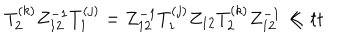
T _ { 2 } ^ { ( k ) } Z _ { 1 2 } ^ { - 1 } T _ { 1 } ^ { ( j ) } = Z _ { 1 2 } ^ { - 1 } T _ { 1 } ^ { ( j ) } Z _ { 1 2 } T _ { 2 } ^ { ( k ) } Z _ { 1 2 } ^ { - 1 } \ll { t t }